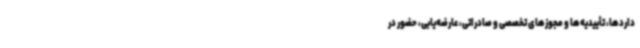
داردها، تأییدیه‌ها و مجوزهای تخصصی و صادراتی، عارضه‌یابی، حضور در